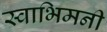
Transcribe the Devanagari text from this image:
स्वाभिमनी